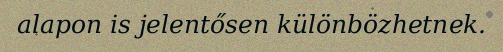
alapon is jelentősen különbözhetnek.